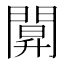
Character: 𨵒